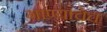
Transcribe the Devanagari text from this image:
गाण्याचेच